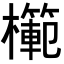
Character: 𭬣